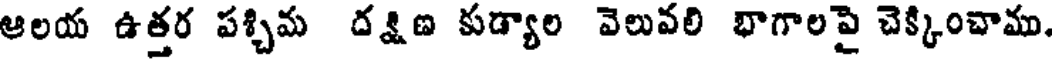
ఆలయ ఉత్తర పశ్చిమ దక్షిణ కుడ్యాల వెలువలి భాగాలపై చెక్కించాము.